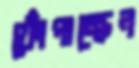
ফোঁপাচ্ছেন